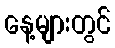
နေ့များတွင်